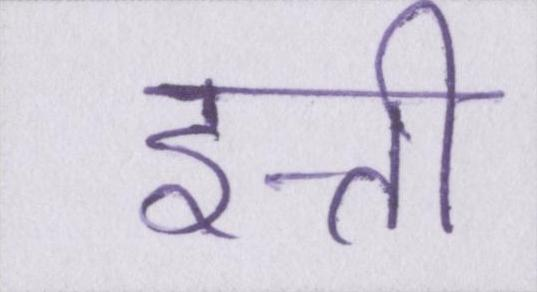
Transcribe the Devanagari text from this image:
इत्ती